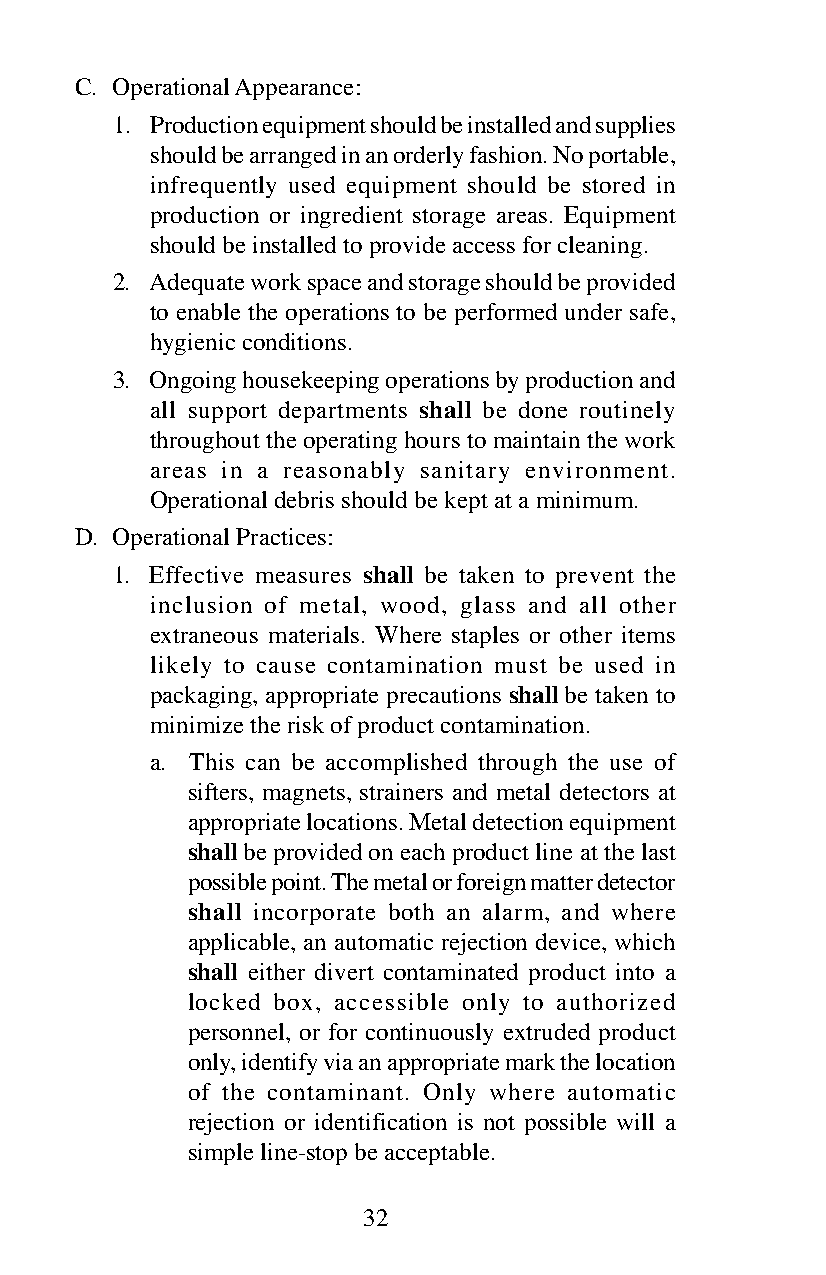
C. Operational Appearance:
 1. Production equipment should be installed and supplies
 should be arranged in an orderly fashion. No portable,
 infrequently used equipment should be stored in
 production or ingredient storage areas. Equipment
 should be installed to provide access for cleaning.
 2. Adequate work space and storage should be provided
 to enable the operations to be performed under safe,
 hygienic conditions.
 3. Ongoing housekeeping operations by production and
 all support departments shall be done routinely
 throughout the operating hours to maintain the work
 areas in a reasonably sanitary environment.
 Operational debris should be kept at a minimum.
 D. Operational Practices:
 1. Effective measures shall be taken to prevent the
 inclusion of metal, wood, glass and all other
 extraneous materials. Where staples or other items
 likely to cause contamination must be used in
 packaging, appropriate precautions shall be taken to
 minimize the risk of product contamination.
 a. This can be accomplished through the use of
 sifters, magnets, strainers and metal detectors at
 appropriate locations. Metal detection equipment
 shall be provided on each product line at the last
 possible point. The metal or foreign matter detector
 shall incorporate both an alarm, and where
 applicable, an automatic rejection device, which
 shall either divert contaminated product into a
 locked box, accessible only to authorized
 personnel, or for continuously extruded product
 only, identify via an appropriate mark the location
 of the contaminant. Only where automatic
 rejection or identification is not possible will a
 simple line-stop be acceptable.
 32